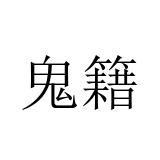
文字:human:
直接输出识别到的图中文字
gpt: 鬼籍